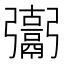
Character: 𩱒